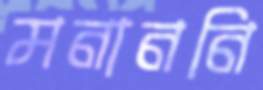
মনাননি